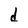
Character: d